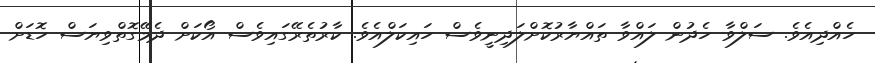
ހެއްދިއެވެ. ސަލްވާ ހެދުން ލައްވާ ތައްޔާރުކޮށްލަދިނީވެސް ހައިކަލްއެވެ. ކާރުތެރޭގައިވެސް އޯކަށް ދެމޭގޮތްވިޔަސް ހޮޑަށް